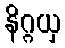
နိဂ္ဂယှ